画像に写った文字を読んでください
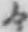
「々」と書いてあります